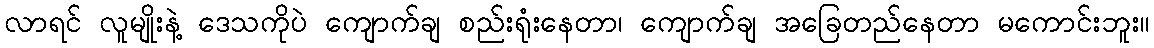
လာရင် လူမျိုးနဲ့ ဒေသကိုပဲ ကျောက်ချ စည်းရုံးနေတာ၊ ကျောက်ချ အခြေတည်နေတာ မကောင်းဘူး။